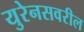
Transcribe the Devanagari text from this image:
युरेनसवरील